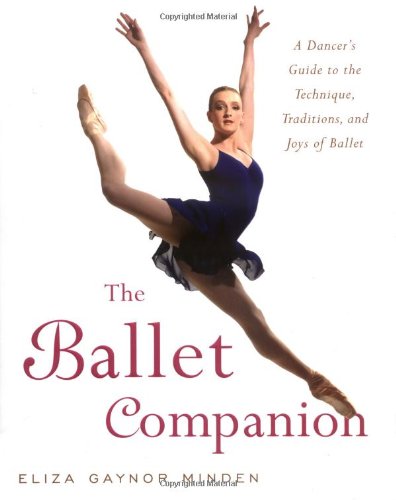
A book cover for The Ballet Companion; Eliza Gaynor Minden; Humor & Entertainment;